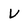
Character: V